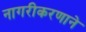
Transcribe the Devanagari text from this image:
नागरीकरणाने